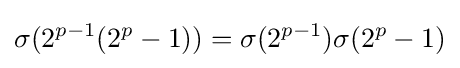
\sigma (2^{p-1}(2^{p}-1))=\sigma (2^{p-1})\sigma (2^{p}-1)